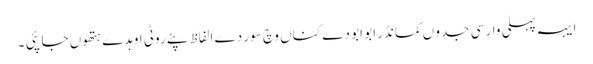
ایہہ پہلی وار سی جدو ں کمانڈر ابو ابو دے کناں وچ سور دے الفاظ پئے روٹی اوہدے ہتھوں جا پئی ۔